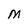
Character: M